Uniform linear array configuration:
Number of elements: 16
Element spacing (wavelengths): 0.25
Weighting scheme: blackman
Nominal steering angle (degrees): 30
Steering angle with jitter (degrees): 29.879
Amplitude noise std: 0.05
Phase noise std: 0.05

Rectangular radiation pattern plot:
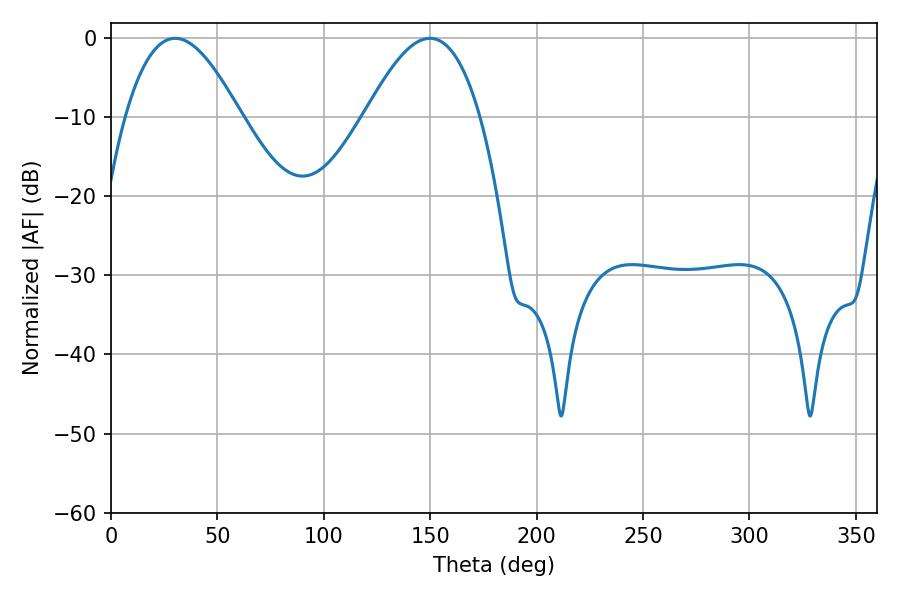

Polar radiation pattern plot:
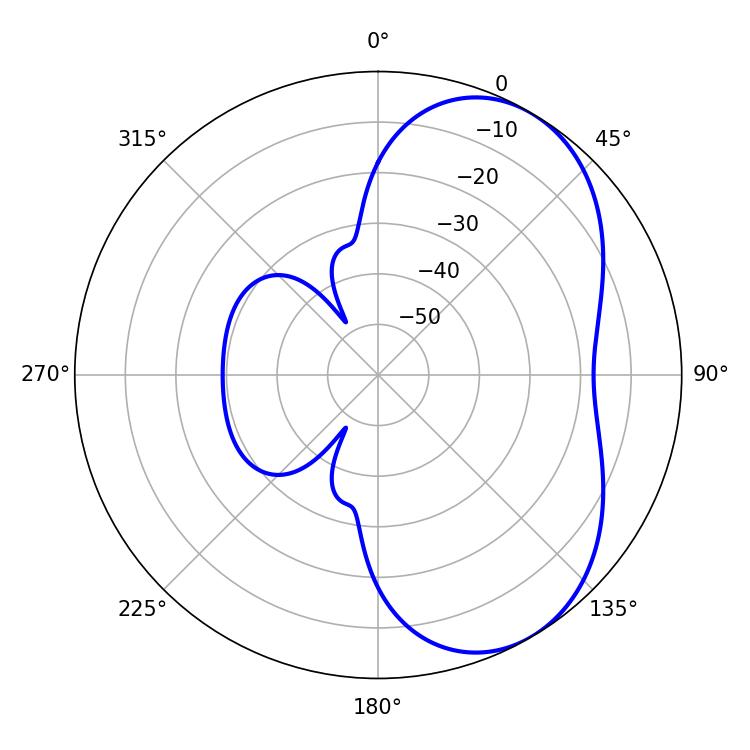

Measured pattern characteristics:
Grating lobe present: FALSE
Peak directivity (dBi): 5.228
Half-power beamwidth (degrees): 29.52
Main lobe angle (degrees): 30.24